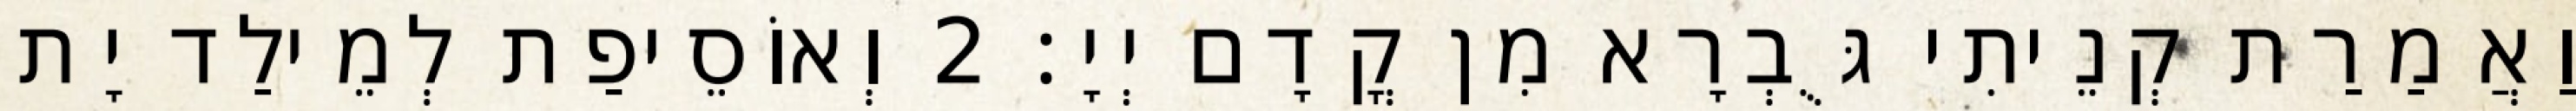
וַאֲמַרַת קְנֵיתִי גֻּבְרָא מִן קֳדָם יְיָ׃ 2 וְאוֹסֵיפַת לְמֵילַד יָת